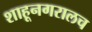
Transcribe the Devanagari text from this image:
शाहूनगरालच